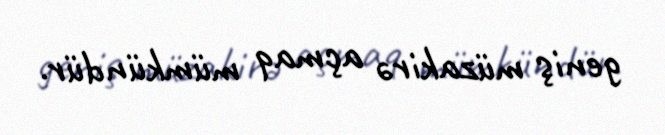
geniş müzakirə açmaq mümkündür.